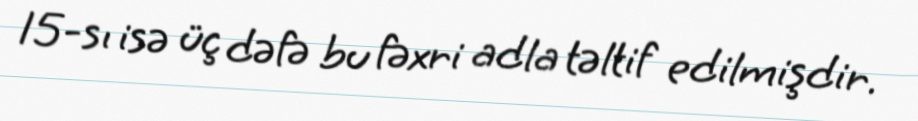
15-sı isə üç dəfə bu fəxri adla təltif edilmişdir.